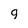
Character: g